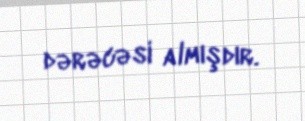
dərəcəsi almışdır.